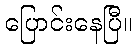
ပြောင်းနေပြီ။